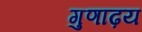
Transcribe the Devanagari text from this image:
गुणाढ़य